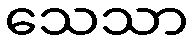
သေသာ